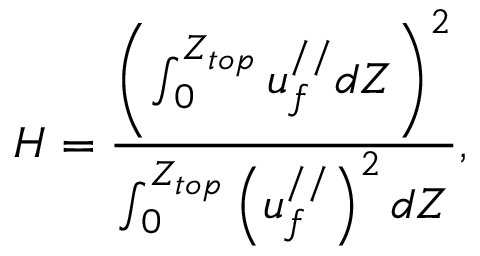
H = \frac { \left( \int _ { 0 } ^ { Z _ { t o p } } u _ { f } ^ { / / } d Z \right) ^ { 2 } } { \int _ { 0 } ^ { Z _ { t o p } } \left( u _ { f } ^ { / / } \right) ^ { 2 } d Z } ,